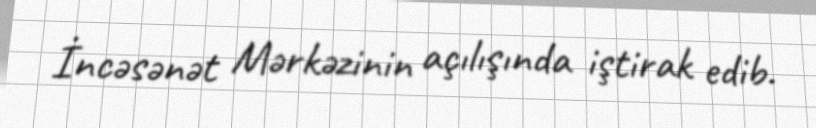
İncəsənət Mərkəzinin açılışında iştirak edib.